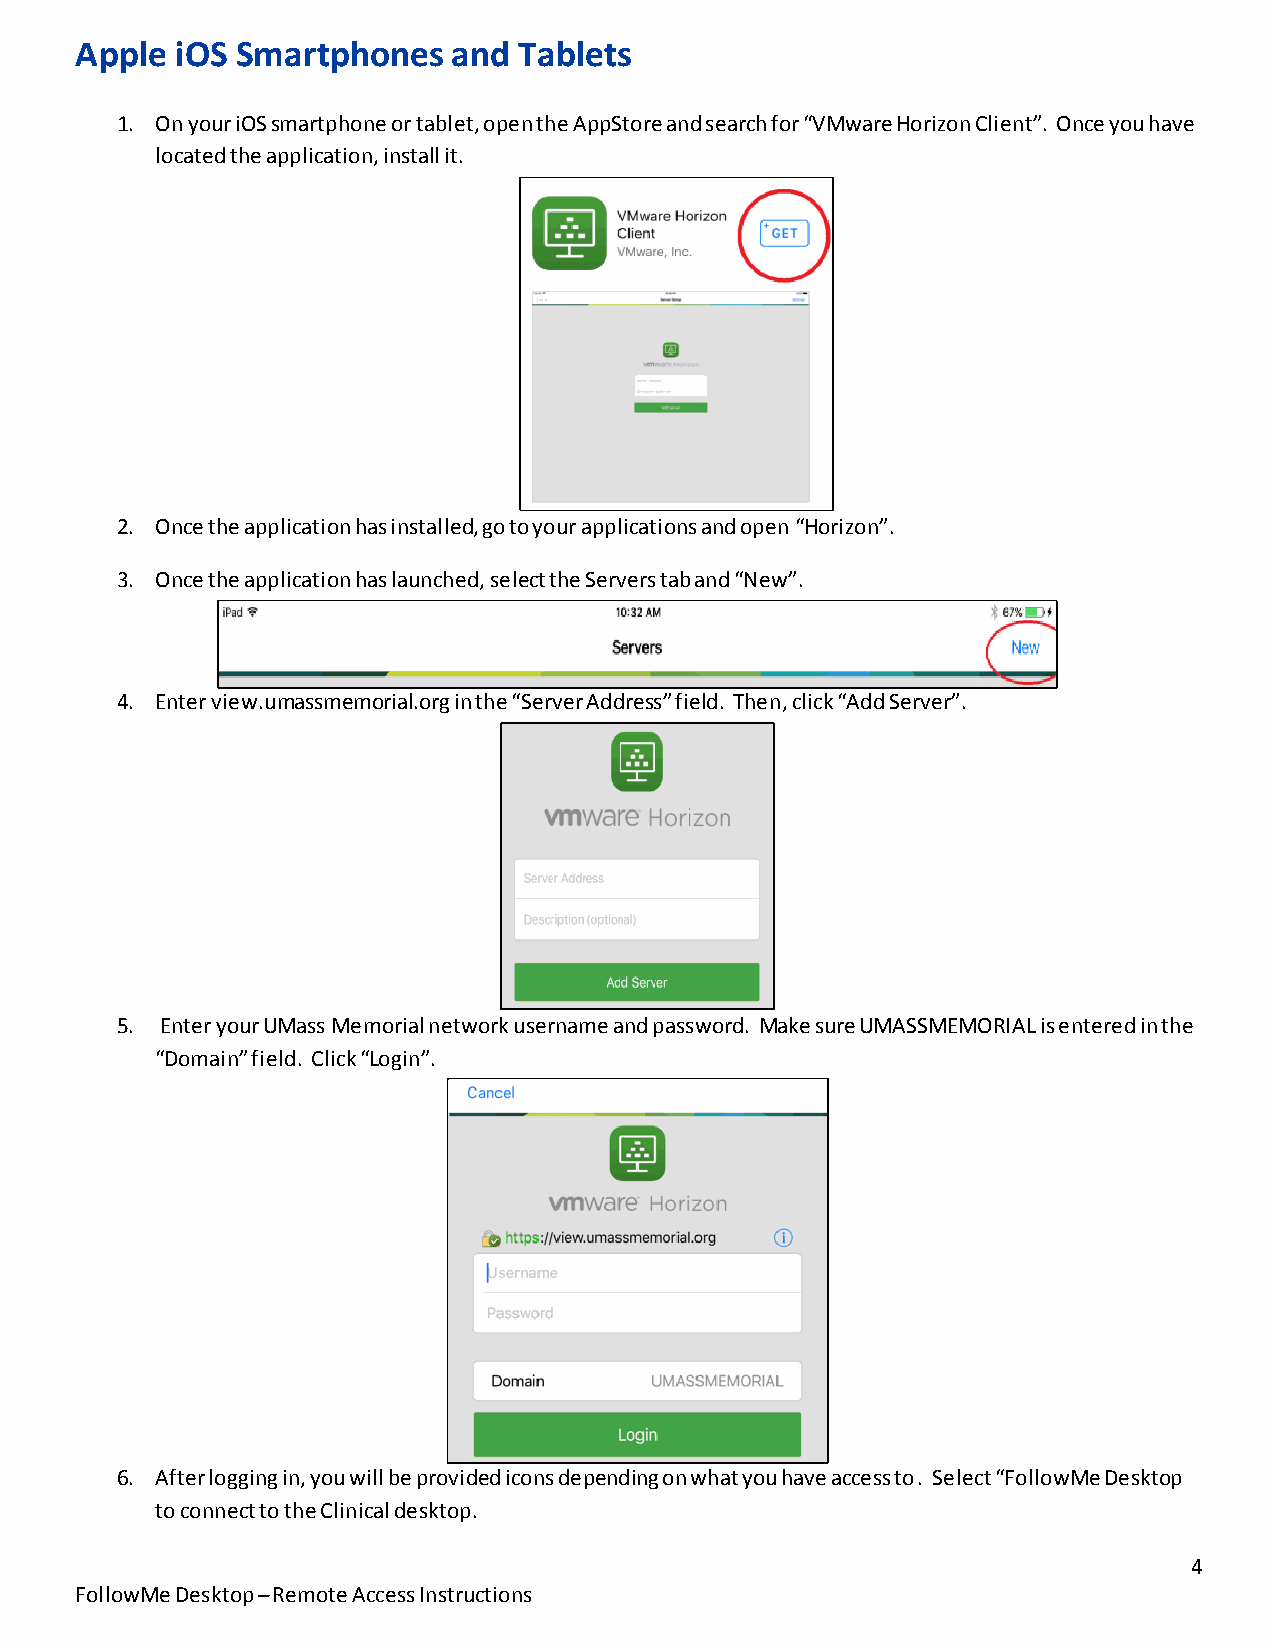
Apple  iOS Smartphones   and Tablets
 1. On your iOS smartphone or tablet, open the AppStore and search for “VMware Horizon Client”. Once you have
 located the application, install it.
 2. Once the application has installed, go to your applications and open “Horizon”.
 3. Once the application has launched, select the Servers tab and “New”.
 4. Enter view.umassmemorial.org in the “Server Address” field. Then, click “Add Server”.
 5. Enter your UMass Memorial network username and password. Make sure UMASSMEMORIAL is entered in the
 “Domain” field. Click “Login”.
 6. After logging in, you will be provided icons depending on what you have access to. Select “FollowMe Desktop
 to connect to the Clinical desktop.
 4
 FollowMe Desktop – Remote Access Instructions